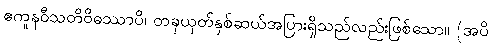
ဧကူနဝီသတိဝိဓဿာပိ၊ တခုယုတ်နှစ်ဆယ်အပြားရှိသည်လည်းဖြစ်သော။ (အပိ